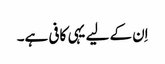
اِن کے لیے یہی کافی ہے۔